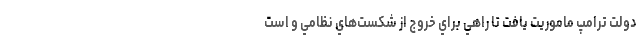
دولت ترامپ ماموريت يافت تا راهي براي خروج از شكست‌هاي نظامي و است